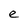
Character: e